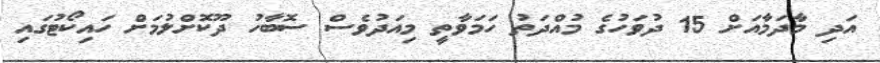
އަދި މާދަމާއަށް 15 ދުވަހުގެ މުއްދަތު ހަމަވާތީ މިއަދުވެސް ސޮބާހު ދޫކޮށްލުމަށް ހައިކޯޓުގައި